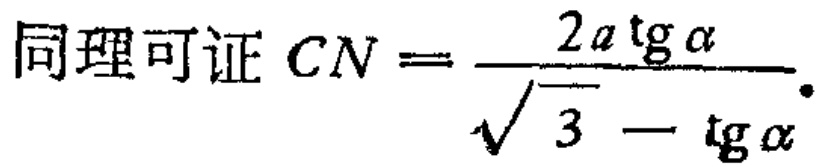
同理可证 \(CN = \frac{2a\operatorname{tg}\alpha}{\sqrt{3} - \operatorname{tg}\alpha}\).